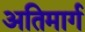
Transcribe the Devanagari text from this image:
अतिमार्ग